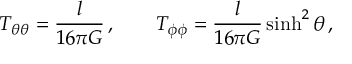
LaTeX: \beta ^ { - 1 } \partial _ { - i } \beta = [ C _ { i } , b ]